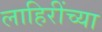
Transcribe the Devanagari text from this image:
लाहिरींच्या